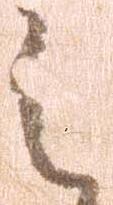
之